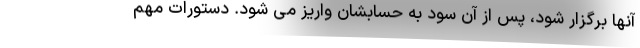
آنها برگزار شود، پس از آن سود به حسابشان واریز می شود. دستورات مهم